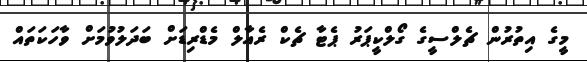
މީގެ އިތުރުން ޗެލްސީގެ ގޯލްކީޕަރު ޕެޓާ ޗެކް ރެއާލް މެޑްރިޑަށް ބަދަލުވުމަށް ވާހަކަތައް